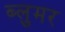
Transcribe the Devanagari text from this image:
ब्लुमर